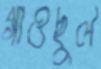
গাওছুল